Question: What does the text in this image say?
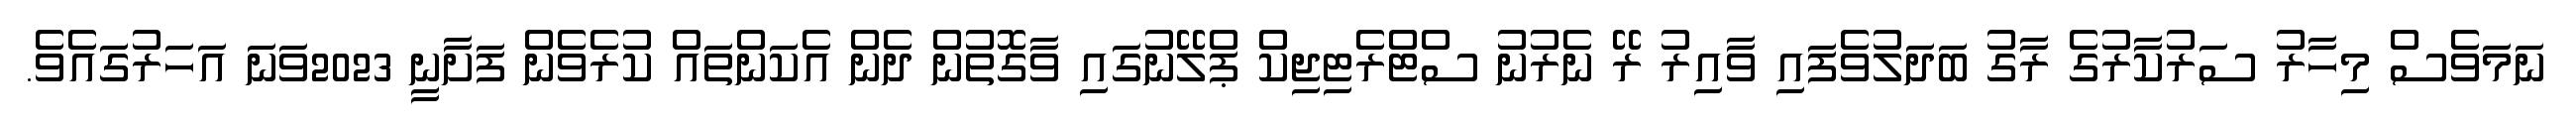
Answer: ނަމަވެސް މިހާރު ސަރުކާރުގެ ރާގު ބަދަލުވެފައި ވާއިރު ރޭ ނެރުނު ސްޓްރެޓިޖިކް ޕްލޭނުގައި ވާގޮތުން ދެން އެކަންތައް ކުރެވެން ފަށާނީ 2023ވަނަ އަހަރުގައެވެ.